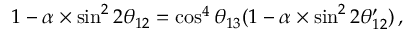
1 - \alpha \times \sin ^ { 2 } 2 \theta _ { 1 2 } = \cos ^ { 4 } \theta _ { 1 3 } ( 1 - \alpha \times \sin ^ { 2 } 2 \theta _ { 1 2 } ^ { \prime } ) \, ,